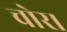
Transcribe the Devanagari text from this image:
चोर।